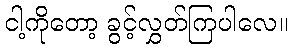
ငါ့ကိုတော့ ခွင့်လွှတ်ကြပါလေ။